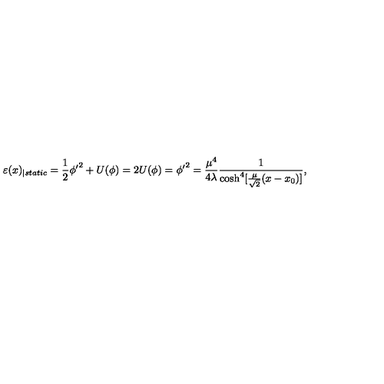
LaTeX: \varepsilon ( x ) _ { \mid s t a t i c } = \frac { 1 } { 2 } \phi { ' } ^ { 2 } + U ( \phi ) = 2 U ( \phi ) = \phi { ' } ^ { 2 } = \frac { \mu ^ { 4 } } { 4 \lambda } \frac { 1 } { \cosh ^ { 4 } [ \frac { \mu } { \sqrt { 2 } } ( x - x _ { 0 } ) ] } ,